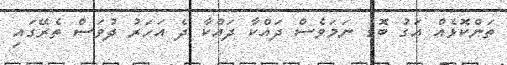
ތަންކޮޅެއް އަގު ބޮޑު ނަމަވެސް ދައްކާ ދައްކާ ދެ އަހަރު ދުވަސް ތެރޭގައި